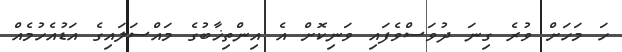
ހަ މަހަށް ވުރެ ގިނަ ދުވަސްވެފައި ވަނިކޮށް އެ އިންތިޚާބުގެ މައްސަލައިގެ އަޑުއެހުމެއް